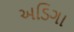
અડિગા